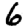
Digit: 6